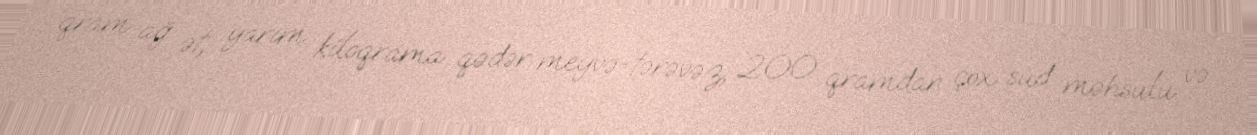
qram ağ ət, yarım kiloqrama qədər meyvə-tərəvəz, 200 qramdan çox süd məhsulu və